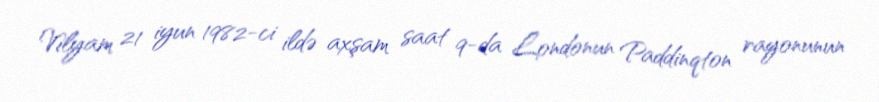
Vilyam 21 iyun 1982-ci ildə axşam saat 9-da Londonun Paddinqton rayonunun